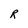
Character: R